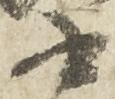
書